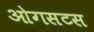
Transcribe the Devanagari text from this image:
ओगसटस